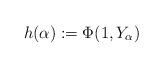
LaTeX: \begin{align*}h (\alpha): = \Phi (1, Y_\alpha) \end{align*}